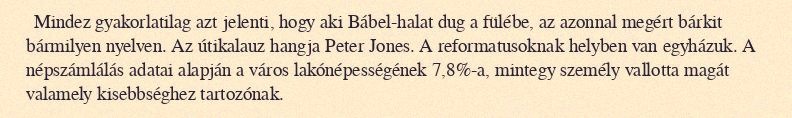
Mindez gyakorlatilag azt jelenti, hogy aki Bábel-halat dug a fülébe, az azonnal megért bárkit bármilyen nyelven. Az útikalauz hangja Peter Jones. A reformatusoknak helyben van egyházuk. A népszámlálás adatai alapján a város lakónépességének 7,8%-a, mintegy személy vallotta magát valamely kisebbséghez tartozónak.